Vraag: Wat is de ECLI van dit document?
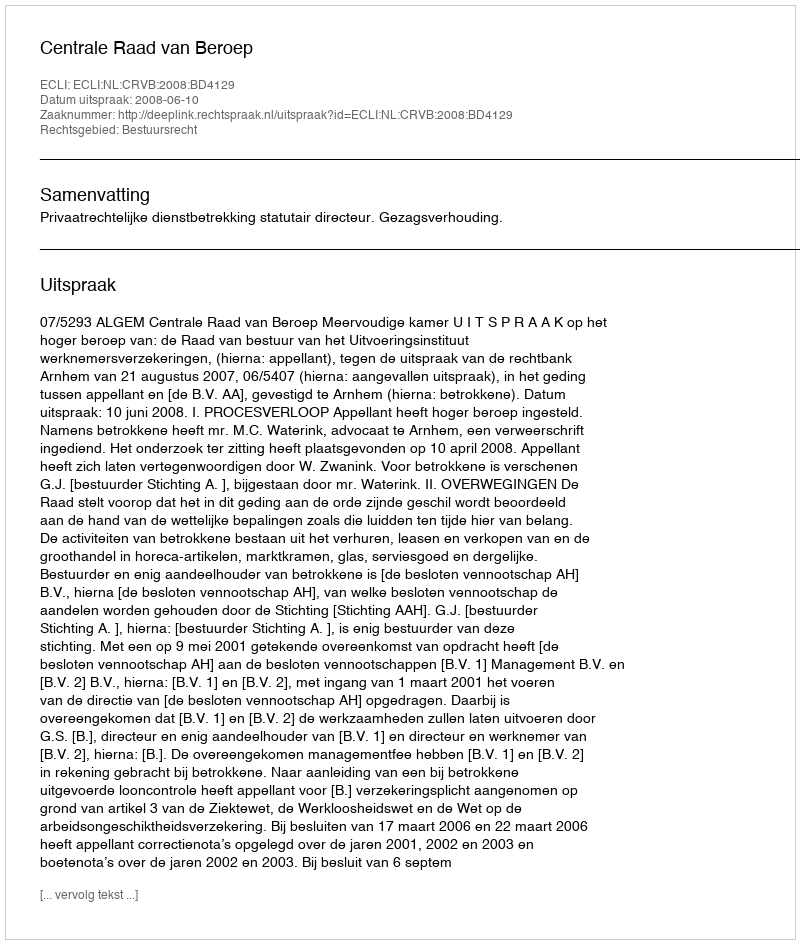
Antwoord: ECLI:NL:CRVB:2008:BD4129